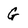
Character: G